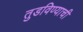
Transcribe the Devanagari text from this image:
तुडविण्याची